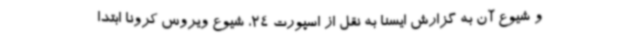
و شیوع آن به گزارش ایسنا به نقل از اسپورت 24، شیوع ویروس کرونا ابتدا